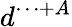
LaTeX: d^{\cdots+A}